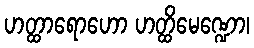
ဟတ္ထာရောဟော ဟတ္ထိမေဏ္ဍော၊